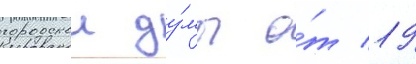
городскои ду́мы о́т 19